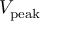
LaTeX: V _ { \mathrm { p e a k } }